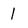
Character: 1